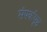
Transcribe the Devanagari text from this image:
संपर्कपृष्ठ